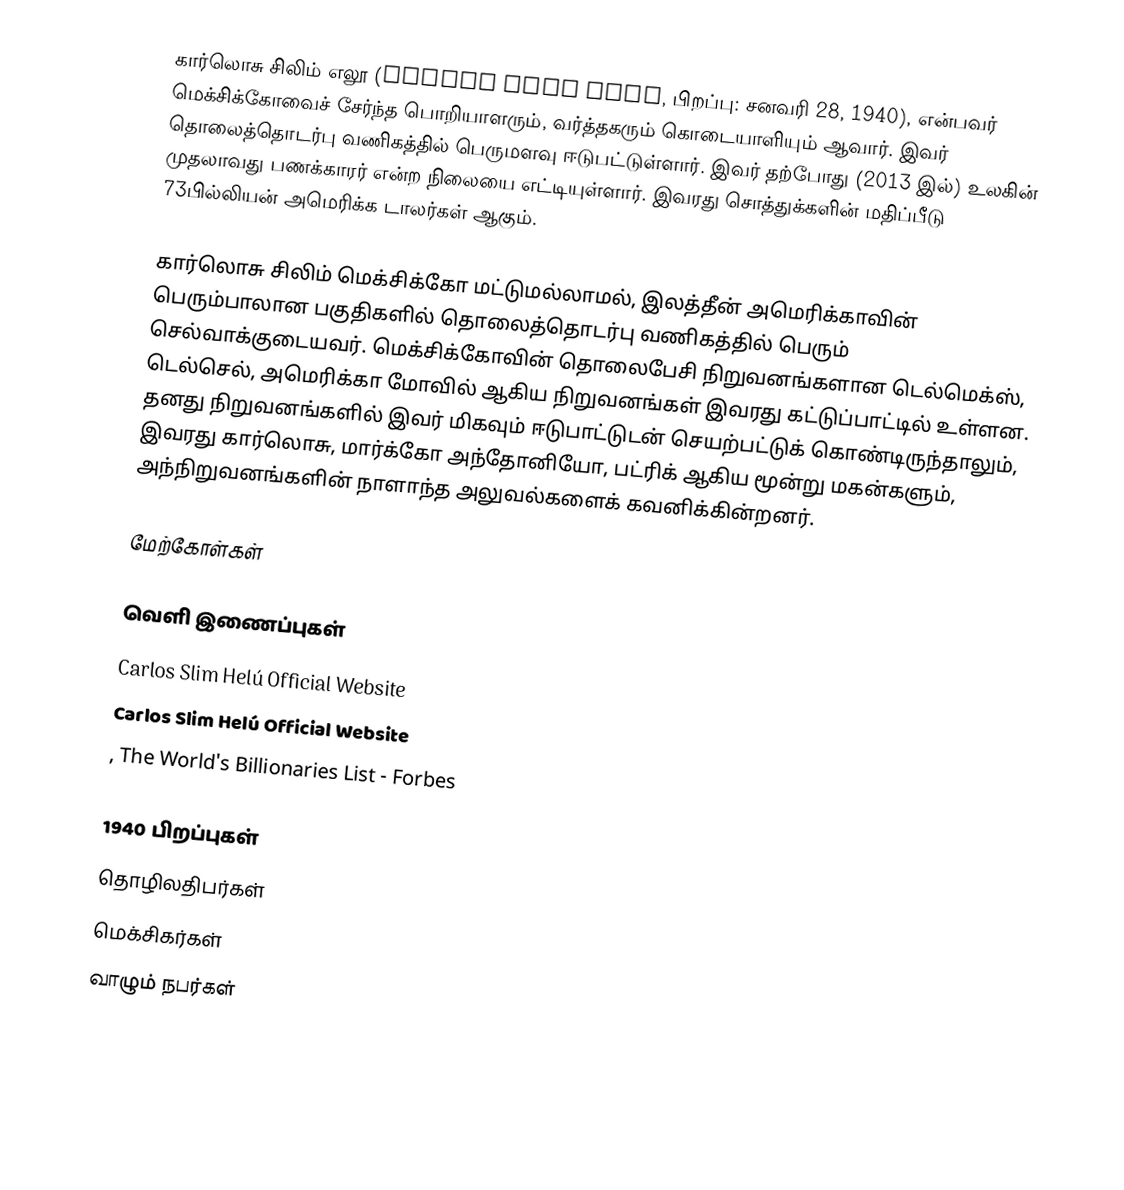
கார்லொசு சிலிம் எலூ (Carlos Slim Helú, பிறப்பு: சனவரி 28, 1940), என்பவர் மெக்சிக்கோவைச் சேர்ந்த பொறியாளரும், வர்த்தகரும் கொடையாளியும் ஆவார். இவர் தொலைத்தொடர்பு வணிகத்தில் பெருமளவு ஈடுபட்டுள்ளார். இவர் தற்போது (2013 இல்) உலகின் முதலாவது பணக்காரர் என்ற நிலையை எட்டியுள்ளார். இவரது சொத்துக்களின் மதிப்பீடு 73பில்லியன் அமெரிக்க டாலர்கள் ஆகும்.

கார்லொசு சிலிம் மெக்சிக்கோ மட்டுமல்லாமல், இலத்தீன் அமெரிக்காவின் பெரும்பாலான பகுதிகளில் தொலைத்தொடர்பு வணிகத்தில் பெரும் செல்வாக்குடையவர். மெக்சிக்கோவின் தொலைபேசி நிறுவனங்களான டெல்மெக்ஸ், டெல்செல், அமெரிக்கா மோவில் ஆகிய நிறுவனங்கள் இவரது கட்டுப்பாட்டில் உள்ளன. தனது நிறுவனங்களில் இவர் மிகவும் ஈடுபாட்டுடன் செயற்பட்டுக் கொண்டிருந்தாலும், இவரது கார்லொசு, மார்க்கோ அந்தோனியோ, பட்ரிக் ஆகிய மூன்று மகன்களும், அந்நிறுவனங்களின் நாளாந்த அலுவல்களைக் கவனிக்கின்றனர்.

மேற்கோள்கள்

வெளி இணைப்புகள்
 Carlos Slim Helú Official Website
 Carlos Slim Helú Official Website
 , The World's Billionaries List - Forbes

1940 பிறப்புகள்
தொழிலதிபர்கள்
மெக்சிகர்கள்
வாழும் நபர்கள்